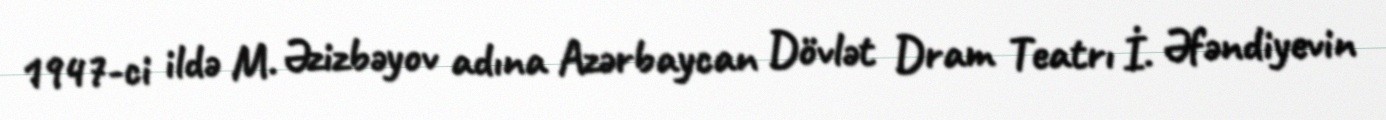
1947-ci ildə M. Əzizbəyov adına Azərbaycan Dövlət Dram Teatrı İ. Əfəndiyevin